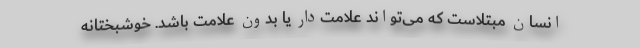
انسان مبتلاست که می‌تواند علامت‌دار یا بدون علامت باشد. خوشبختانه